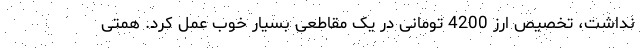
نداشت، تخصیص ارز 4200 تومانی در یک مقاطعی بسیار خوب عمل کرد. همتی